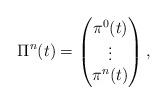
LaTeX: \begin{align*}\Pi^n(t) = \begin{pmatrix}\pi^0(t) \\\vdots \\\pi^n(t)\end{pmatrix},\end{align*}